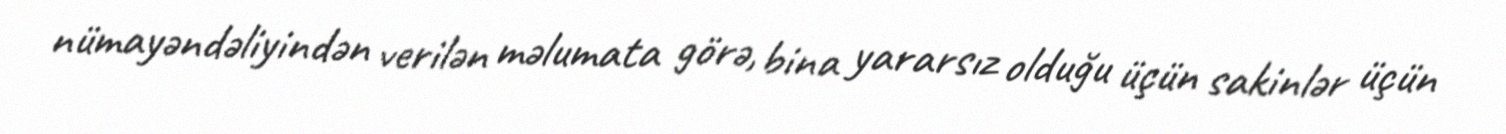
nümayəndəliyindən verilən məlumata görə, bina yararsız olduğu üçün sakinlər üçün